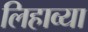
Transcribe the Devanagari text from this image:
लिहाव्या